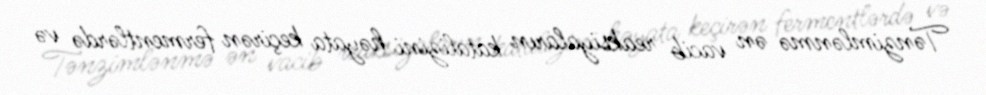
Tənzimlənmə ən vacib reaksiyaların katalizini həyata keçirən fermentlərdə və